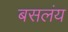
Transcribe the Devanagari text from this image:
बसलंय